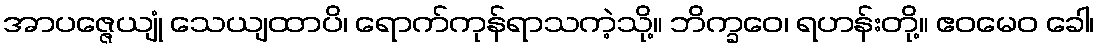
အာပဇ္ဇေယျုံ သေယျထာပိ၊ ရောက်ကုန်ရာသကဲ့သို့။ ဘိက္ခဝေ၊ ရဟန်းတို့။ ဧဝမေဝ ခေါ၊